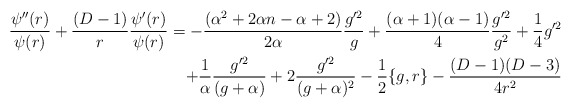
\begin{align*}\frac{\psi^{\prime\prime}(r)}{\psi(r)}+\frac{(D-1)}{r}\frac{\psi^{\prime}(r)}{\psi(r)}=-\frac{(\alpha^2+2\alpha n-\alpha+2)}{2\alpha}\frac{g^{\prime2}}{g}+\frac{(\alpha+1)(\alpha-1)}{4}\frac{g^{\prime2}}{g^2}+\frac{1}{4}g^{\prime2}\\+\frac{1}{\alpha}\frac{g^{\prime2}}{(g+\alpha)}+2\frac{g^{\prime2}}{(g+\alpha)^2}-\frac{1}{2}\{g,r\}-\frac{(D-1)(D-3)}{4r^2}\end{align*}